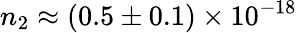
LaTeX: n_{2}\approx(0.5\pm 0.1)\times 10^{-18}